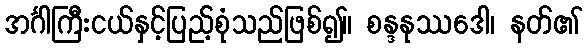
အင်္ဂါကြီးငယ်နှင့်ပြည့်စုံသည်ဖြစ်၍။ စန္ဒနုဿဒေါ၊ နတ်၏